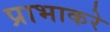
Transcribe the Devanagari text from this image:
प्राभाकरे